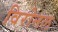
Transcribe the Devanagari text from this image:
विरोनल